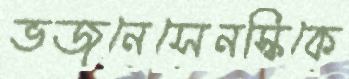
ভজনেসেনস্কিকে